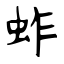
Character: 蚱